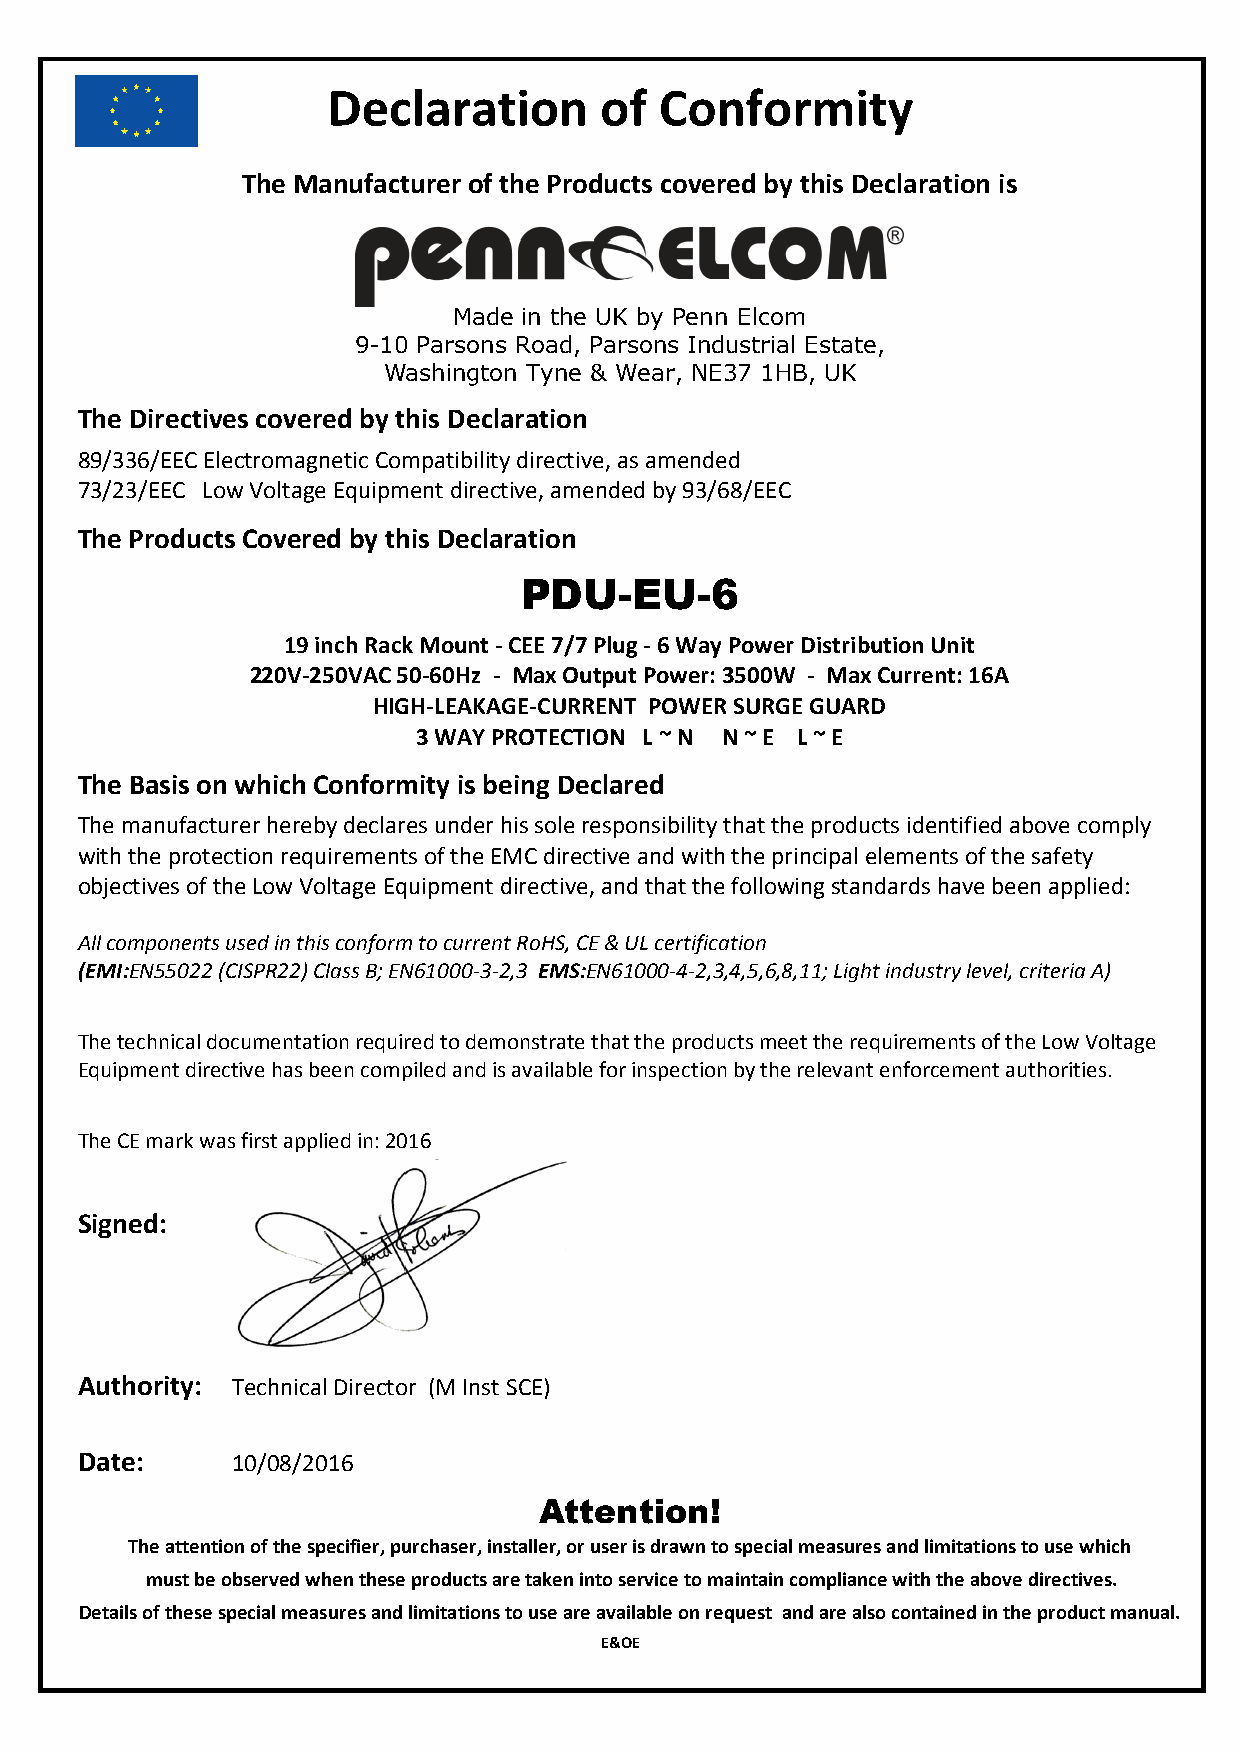
Declaration       of  Conformity
 The Manufacturer of the Products covered by this Declaration is
 Made in the UK by Penn Elcom
 9-10 Parsons Road, Parsons Industrial Estate,
 Washington Tyne & Wear, NE37 1HB, UK
 The Directives covered by this Declaration
 89/336/EEC Electromagnetic Compatibility directive, as amended
 73/23/EEC Low Voltage Equipment directive, amended by 93/68/EEC
 The Products Covered by this Declaration
 PDU-EU-6
 19 inch Rack Mount - CEE 7/7 Plug - 6 Way Power Distribution Unit
 220V-250VAC 50-60Hz - Max Output Power: 3500W - Max Current: 16A
 HIGH-LEAKAGE-CURRENT POWER SURGE GUARD
 3 WAY PROTECTION L ~ N N ~ E L ~ E
 The Basis on which Conformity is being Declared
 The manufacturer hereby declares under his sole responsibility that the products identified above comply
 with the protection requirements of the EMC directive and with the principal elements of the safety
 objectives of the Low Voltage Equipment directive, and that the following standards have been applied:
 All components used in this conform to current RoHS, CE & UL certification
 (EMI:EN55022 (CISPR22) Class B; EN61000-3-2,3 EMS:EN61000-4-2,3,4,5,6,8,11; Light industry level, criteria A)
 The technical documentation required to demonstrate that the products meet the requirements of the Low Voltage
 Equipment directive has been compiled and is available for inspection by the relevant enforcement authorities.
 The CE mark was first applied in: 2016
 Signed:
 Authority: Technical Director (M Inst SCE)
 Date:     10/08/2016
 Attention!
 The attention of the specifier, purchaser, installer, or user is drawn to special measures and limitations to use which
 must be observed when these products are taken into service to maintain compliance with the above directives.
 Details of these special measures and limitations to use are available on request and are also contained in the product manual.
 E&OE